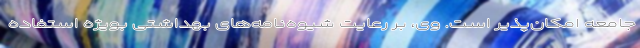
جامعه امکان‌پذیر است. وی، بر رعایت شیوه‌نامه‌های بهداشتی بویژه استفاده